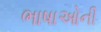
ભાષાઓની